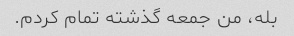
بله، من جمعه گذشته تمام کردم.